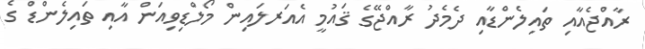
ރާއްޖެއާއި ތައިލެންޑާއި ދެމެދު ރާއްޖޭގެ ޤައުމީ އެއަރލައިން މޯލްޑިވިއަން އާއި ތައިލެންޑް ގެ